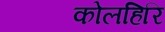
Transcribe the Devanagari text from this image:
कोलहिरि